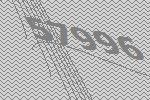
57996